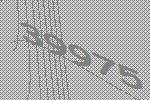
39975